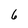
Character: 6